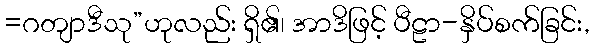
=ဂတျာဒီသု”ဟုလည်း ရှိ၏၊ အာဒိဖြင့် ပီဠာ-နှိပ်စက်ခြင်း,